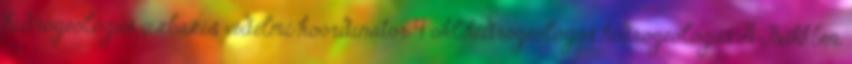
hidrogeológus vízbázis védelmi koordinátor 4 okl.hidrogeológus hidrogeológus A Bükkben,